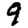
Digit: 9